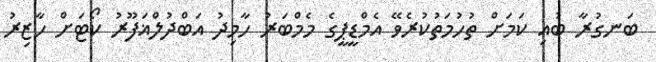
ބަނގުރާ ބުއި ކަމަށް ތުހުމަތުކުރެވޭ އެމްޑީޕީގެ މެމްބަރު ހާމިދު އަބްދުލްޣަފޫރު ކޯޓަށް ހާޒިރު